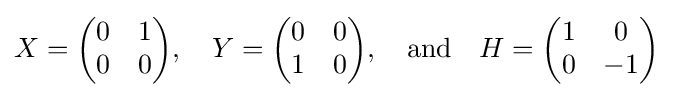
X={\begin{pmatrix}0&1\\0&0\end{pmatrix}},\quad Y={\begin{pmatrix}0&0\\1&0\end{pmatrix}},\quad {\textrm {and}}\quad H={\begin{pmatrix}1&0\\0&-1\end{pmatrix}}